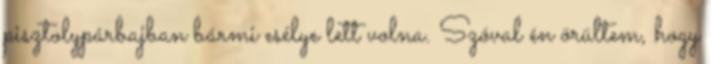
pisztolypárbajban bármi esélye lett volna. Szóval én örültem, hogy